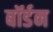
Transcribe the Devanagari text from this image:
बॉर्डन